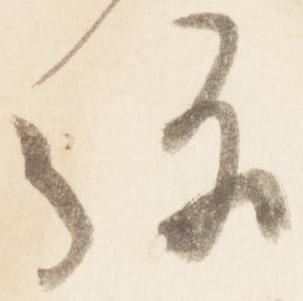
弥